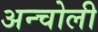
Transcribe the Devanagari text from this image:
अन्चोली